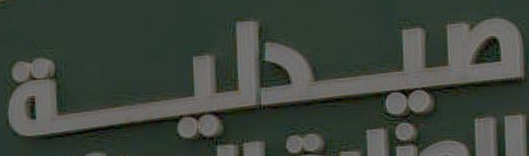
صيدلية